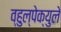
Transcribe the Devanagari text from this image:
व्हुल्पेक्युले